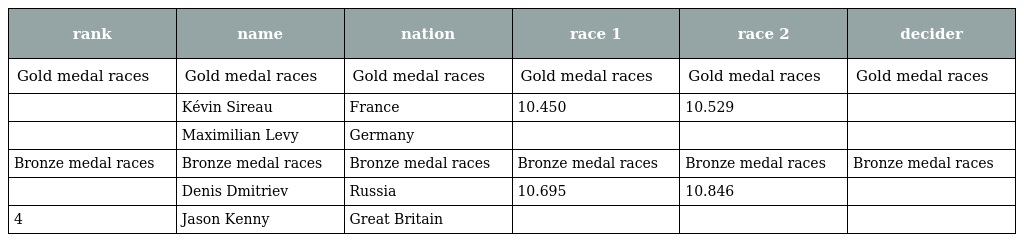
| rank | name | nation | race 1 | race 2 | decider |
 | --- | --- | --- | --- | --- | --- |
 | Gold medal races | Gold medal races | Gold medal races | Gold medal races | Gold medal races | Gold medal races |
 |  | Kévin Sireau | France | 10.450 | 10.529 |  |
 |  | Maximilian Levy | Germany |  |  |  |
 | Bronze medal races | Bronze medal races | Bronze medal races | Bronze medal races | Bronze medal races | Bronze medal races |
 |  | Denis Dmitriev | Russia | 10.695 | 10.846 |  |
 | 4 | Jason Kenny | Great Britain |  |  |  |